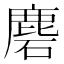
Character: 𪊞